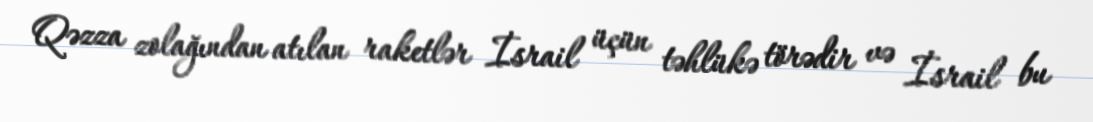
Qəzza zolağından atılan raketlər İsrail üçün təhlükə törədir və İsrail bu